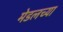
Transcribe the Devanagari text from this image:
मेडलच्या